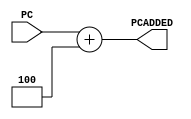
//lab 06 part 01 - Group 13

module pc_add(PC,PCADDED); 
    

    // declaring ports
    input [31:0] PC;    //initial PC value
    output reg [31:0] PCADDED;  //final PC value

    always @(PC) begin
    // assign PC_value +1 with 1 s  artificial delay
        #1 PCADDED=PC+4;
    end

endmodule

module pc_add_j_beq (PC,INSTRUCTION,OFFSET,PCADDED);
    //declaring ports
    input [31:0] PC;
    input [31:0] INSTRUCTION;
    input [31:0] OFFSET;
    output reg [31:0] PCADDED;

    //always read INSTRUCTION
    always @(INSTRUCTION)   begin
        #2 PCADDED=PC+OFFSET;
    end

endmodule

module mux32(IN1,IN2,OUT,SELECT);
    input [31:0] IN1, IN2;
	input SELECT;
	output reg [31:0] OUT;

    always @(*) begin 
        if (SELECT) begin 
            OUT = IN2; 
        end 

        else OUT = IN1;  
    end	
endmodule